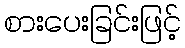
စားပေးခြင်းဖြင့်